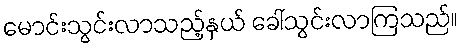
မောင်းသွင်းလာသည့်နှယ် ခေါ်သွင်းလာကြသည်။